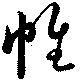
帷